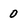
Character: 0